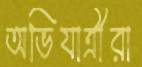
অভিযাত্রীরা